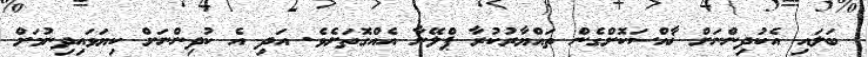
ބަލައި އެކުދިންނަށް ޚާއްސަކޮށްގެން ތައްޔާރުކުރާ ޕްލޭނާ އެއްގޮތަށެވެ. އަދި އެ ކުދިންނަށް ކިޔަވައިދިނުމަށް